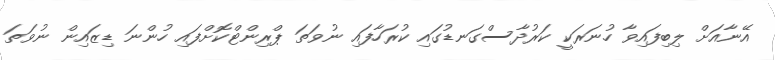
އޭނާއަށް ލިބިފައިވާ ހުނަރަކީ ކަރުދާސްގަނޑުގައި ކުރަހާފައި ނުވަތަ ޕްރިންޓްކޮށްފައި ހުންނަ ޑިޒައިން ނުވަތަ